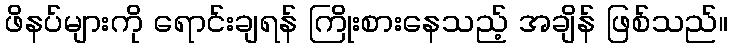
ဖိနပ်များကို ရောင်းချရန် ကြိုးစားနေသည့် အချိန် ဖြစ်သည်။